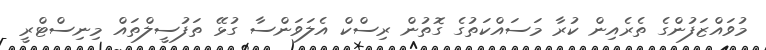
މުވައްޒަފުންގެ ތެރެއިން ކުރާ މަސައްކަތުގެ ގޮތުން ރިސްކް އެލަވަންސާ ގުޅޭ ތަފުސީލްތައް މިނިސްޓްރީ